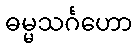
ဓမ္မသင်္ဂဟော